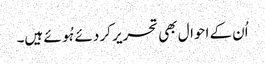
اُن کے احوال بھی تحریر کر دئے ہُوئے ہیں۔